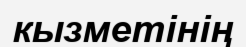
кызметінің